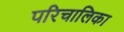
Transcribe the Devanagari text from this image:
परिचालिका